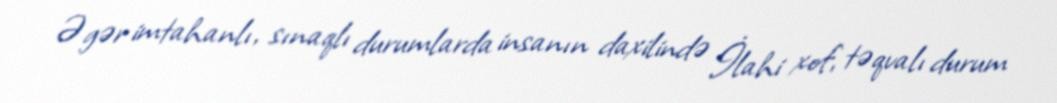
Əgər imtahanlı, sınaqlı durumlarda insanın daxilində İlahi xof, təqvalı durum